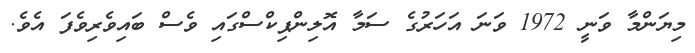
މިޔަންމާ ވަނީ 1972 ވަނަ އަހަރުގެ ސަމާ އޮލިންޕިކްސްގައި ވެސް ބައިވެރިވެފަ އެވެ.